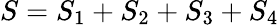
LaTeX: S=S_{1}+S_{2}+S_{3}+S_{4}